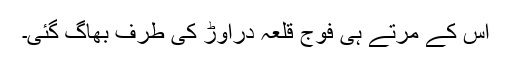
اس کے مرتے ہی فوج قلعہ دراوڑ کی طرف بھاگ گئی۔